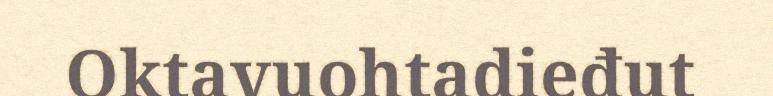
Oktavuohtadieđut